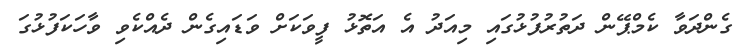
ގެންދަވާ ކެމްޕޭން ދަތުރުފުޅުގައި މިއަދު އެ އަތޮޅު ފީވަކަށް ވަޑައިގެން ދެއްކެވި ވާހަކަފުޅުގަ